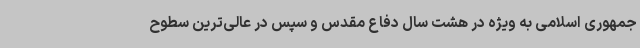
جمهوری اسلامی به ویژه در هشت سال دفاع مقدس و سپس در عالی‌ترین سطوح